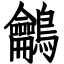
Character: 鸙